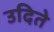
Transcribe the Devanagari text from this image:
उदिते